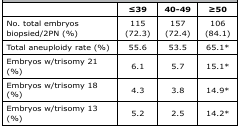
<table><thead><tr><td></td><td><b>≤39</b></td><td><b>40-49</b></td><td><b>≥50</b></td></tr></thead><tbody><tr><td>No. total embryos biopsied/2PN (%)</td><td>115 (72.3)</td><td>157 (72.4)</td><td>106 (84.1)</td></tr><tr><td>Total aneuploidy rate (%)</td><td>55.6</td><td>53.5</td><td>65.1*</td></tr><tr><td>Embryos w/trisomy 21 (%)</td><td>6.1</td><td>5.7</td><td>15.1*</td></tr><tr><td>Embryos w/trisomy 18 (%)</td><td>4.3</td><td>3.8</td><td>14.9*</td></tr><tr><td>Embryos w/trisomy 13 (%)</td><td>5.2</td><td>2.5</td><td>14.2*</td></tr></tbody></table>